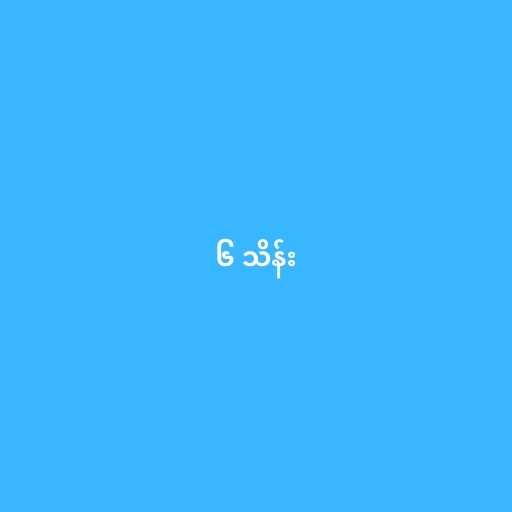
၆ သိန်း